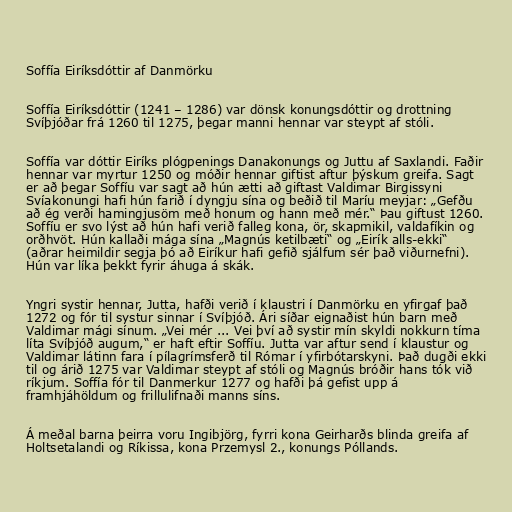
Soffía Eiríksdóttir af Danmörku

Soffía Eiríksdóttir (1241 – 1286) var dönsk konungsdóttir og drottning
Svíþjóðar frá 1260 til 1275, þegar manni hennar var steypt af stóli.

Soffía var dóttir Eiríks plógpenings Danakonungs og Juttu af Saxlandi. Faðir
hennar var myrtur 1250 og móðir hennar giftist aftur þýskum greifa. Sagt
er að þegar Soffíu var sagt að hún ætti að giftast Valdimar Birgissyni
Svíakonungi hafi hún farið í dyngju sína og beðið til Maríu meyjar: „Gefðu
að ég verði hamingjusöm með honum og hann með mér.“ Þau giftust 1260.
Soffíu er svo lýst að hún hafi verið falleg kona, ör, skapmikil, valdafíkin og
orðhvöt. Hún kallaði mága sína „Magnús ketilbæti“ og „Eirík alls-ekki“
(aðrar heimildir segja þó að Eiríkur hafi gefið sjálfum sér það viðurnefni).
Hún var líka þekkt fyrir áhuga á skák.

Yngri systir hennar, Jutta, hafði verið í klaustri í Danmörku en yfirgaf það
1272 og fór til systur sinnar í Svíþjóð. Ári síðar eignaðist hún barn með
Valdimar mági sínum. „Vei mér ... Vei því að systir mín skyldi nokkurn tíma
líta Svíþjóð augum,“ er haft eftir Soffíu. Jutta var aftur send í klaustur og
Valdimar látinn fara í pílagrímsferð til Rómar í yfirbótarskyni. Það dugði ekki
til og árið 1275 var Valdimar steypt af stóli og Magnús bróðir hans tók við
ríkjum. Soffía fór til Danmerkur 1277 og hafði þá gefist upp á
framhjáhöldum og frillulifnaði manns síns.

Á meðal barna þeirra voru Ingibjörg, fyrri kona Geirharðs blinda greifa af
Holtsetalandi og Ríkissa, kona Przemysl 2., konungs Póllands.